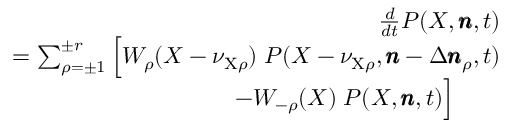
\begin{array} { r l r } & { } & { \frac { d } { d t } P ( X , \pmb { n } , t ) } \\ & { } & { = \sum _ { \rho = \pm 1 } ^ { \pm r } \Big [ W _ { \rho } ( X - \nu _ { \mathrm { X } \rho } ) \; P ( X - \nu _ { \mathrm { X } \rho } , \pmb { n } - \Delta \pmb { n } _ { \rho } , t ) } \\ & { } & { \qquad \quad - W _ { - \rho } ( X ) \; P ( X , \pmb { n } , t ) \Big ] \qquad } \end{array}